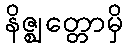
နိဇ္ဈတ္တောမှိ